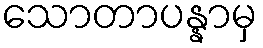
သောတာပန္နာမှ